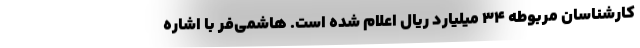
کارشناسان مربوطه ۳۴ میلیارد ریال اعلام شده است. هاشمی‌فر با اشاره